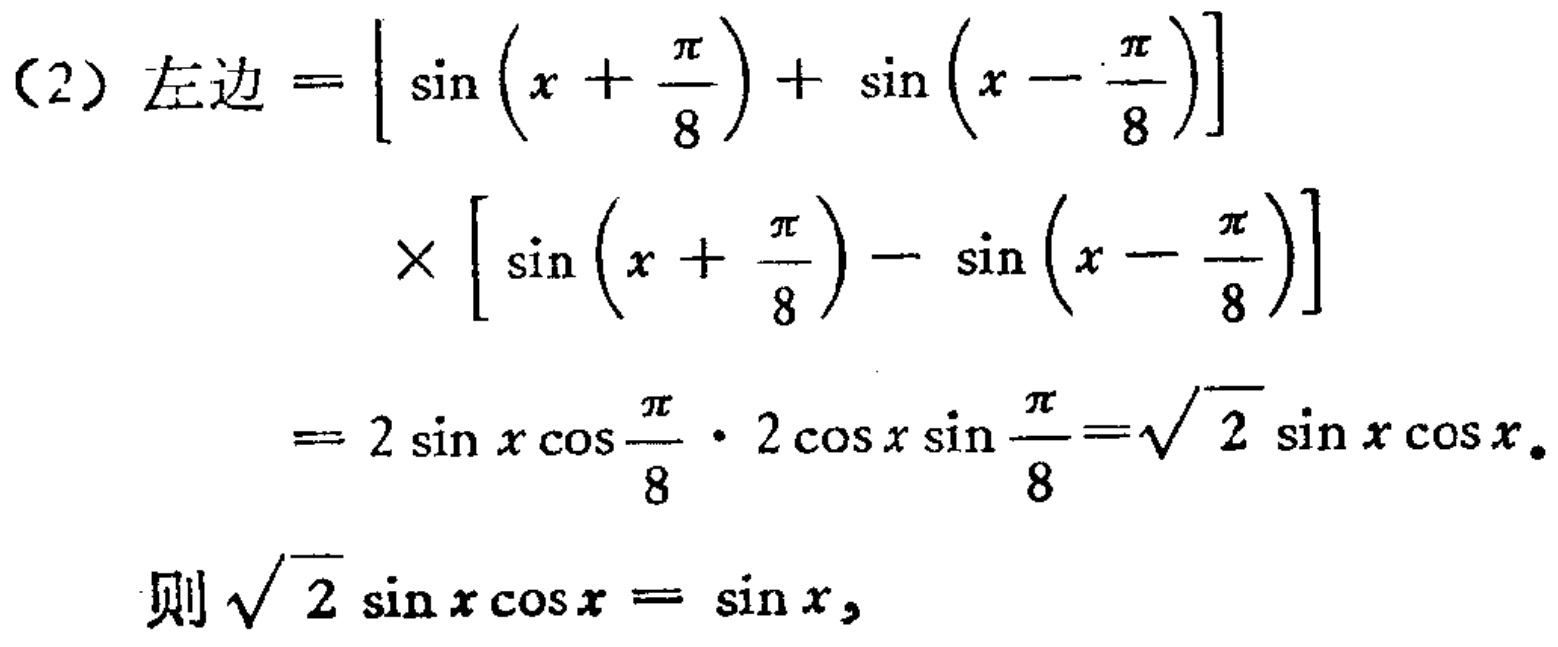
（2）左边$=\left[\sin \left(x + \dfrac{\pi}{8}\right)+\sin \left(x - \dfrac{\pi}{8}\right)\right]$
$\times\left[\sin \left(x + \dfrac{\pi}{8}\right)-\sin \left(x - \dfrac{\pi}{8}\right)\right]$
$= 2\sin x\cos\dfrac{\pi}{8}\cdot 2\cos x\sin\dfrac{\pi}{8}=\sqrt{2}\sin x\cos x$。
则$\sqrt{2}\sin x\cos x = \sin x$，